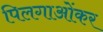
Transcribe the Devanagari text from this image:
पिलगाओंकर